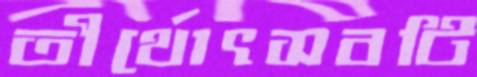
তীর্থোৎসবটি